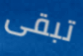
تبقى